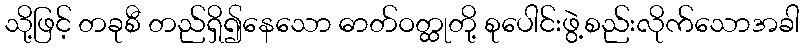
သို့ဖြင့် တခုစီ တည်ရှိ၍နေသော ဓာတ်ဝတ္ထုတို့ စုပေါင်းဖွဲ့စည်းလိုက်သောအခါ